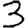
Digit: 3